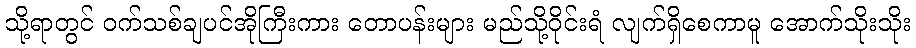
သို့ရာတွင် ဝက်သစ်ချပင်အိုကြီးကား တောပန်းများ မည်သို့ဝိုင်းရံ လျက်ရှိစေကာမူ အောက်သိုးသိုး